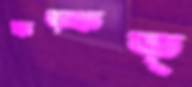
ফড়্‌ফড়্‌